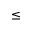
\leq